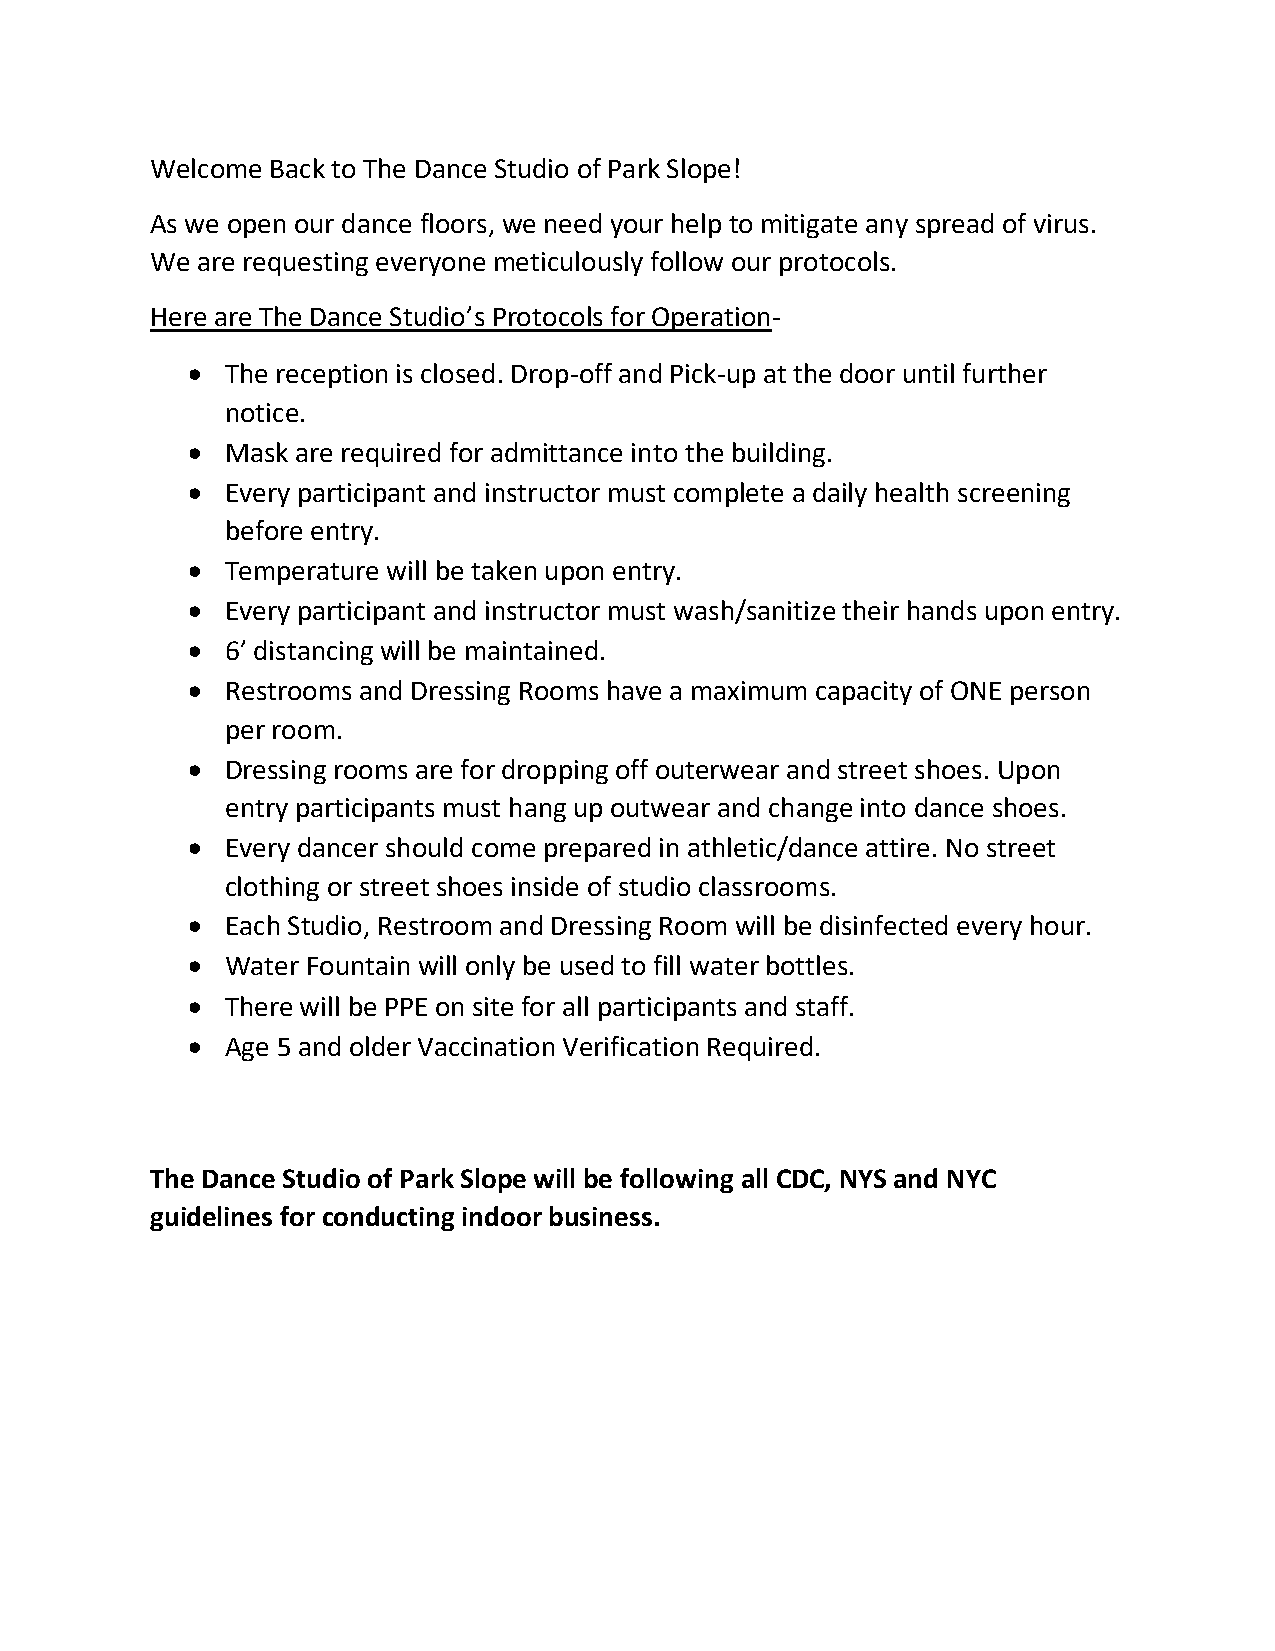
Welcome Back to The Dance Studio of Park Slope!
 As we open our dance floors, we need your help to mitigate any spread of virus.
 We are requesting everyone meticulously follow our protocols.
 Here are The Dance Studio’s Protocols for Operation-
   The reception is closed. Drop-off and Pick-up at the door until further
 notice.
   Mask are required for admittance into the building.
   Every participant and instructor must complete a daily health screening
 before entry.
   Temperature will be taken upon entry.
   Every participant and instructor must wash/sanitize their hands upon entry.
   6’ distancing will be maintained.
   Restrooms and Dressing Rooms have a maximum capacity of ONE person
 per room.
   Dressing rooms are for dropping off outerwear and street shoes. Upon
 entry participants must hang up outwear and change into dance shoes.
   Every dancer should come prepared in athletic/dance attire. No street
 clothing or street shoes inside of studio classrooms.
   Each Studio, Restroom and Dressing Room will be disinfected every hour.
   Water Fountain will only be used to fill water bottles.
   There will be PPE on site for all participants and staff.
   Age 5 and older Vaccination Verification Required.
 The Dance Studio of Park Slope will be following all CDC, NYS and NYC
 guidelines for conducting indoor business.